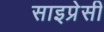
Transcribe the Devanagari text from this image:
साइप्रेसी